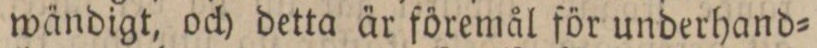
wändigt, och detta är föremål för underhand=